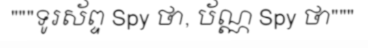
"""ទូរស័ព្ទ Spy ថា, ប័ណ្ណ Spy ថា"""